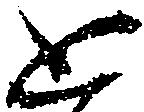
思